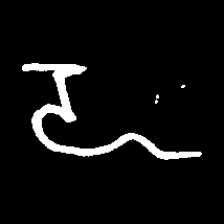
Pyu character \u2014 Myanmar letter: ဍ (romanized: dda)